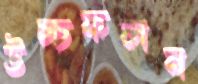
উচ্চফলন